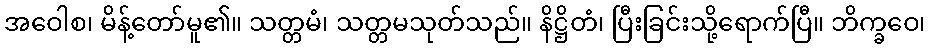
အဝေါစ၊ မိန့်တော်မူ၏။ သတ္တမံ၊ သတ္တမသုတ်သည်။ နိဋ္ဌိတံ၊ ပြီးခြင်းသို့ရောက်ပြီ။ ဘိက္ခဝေ၊